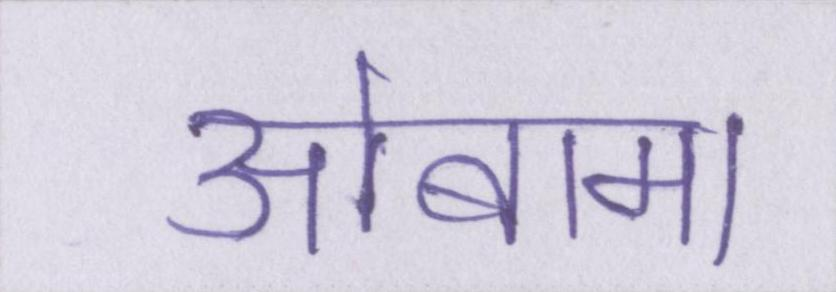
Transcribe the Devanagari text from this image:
ओबामा